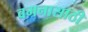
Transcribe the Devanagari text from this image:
वमनासाठी